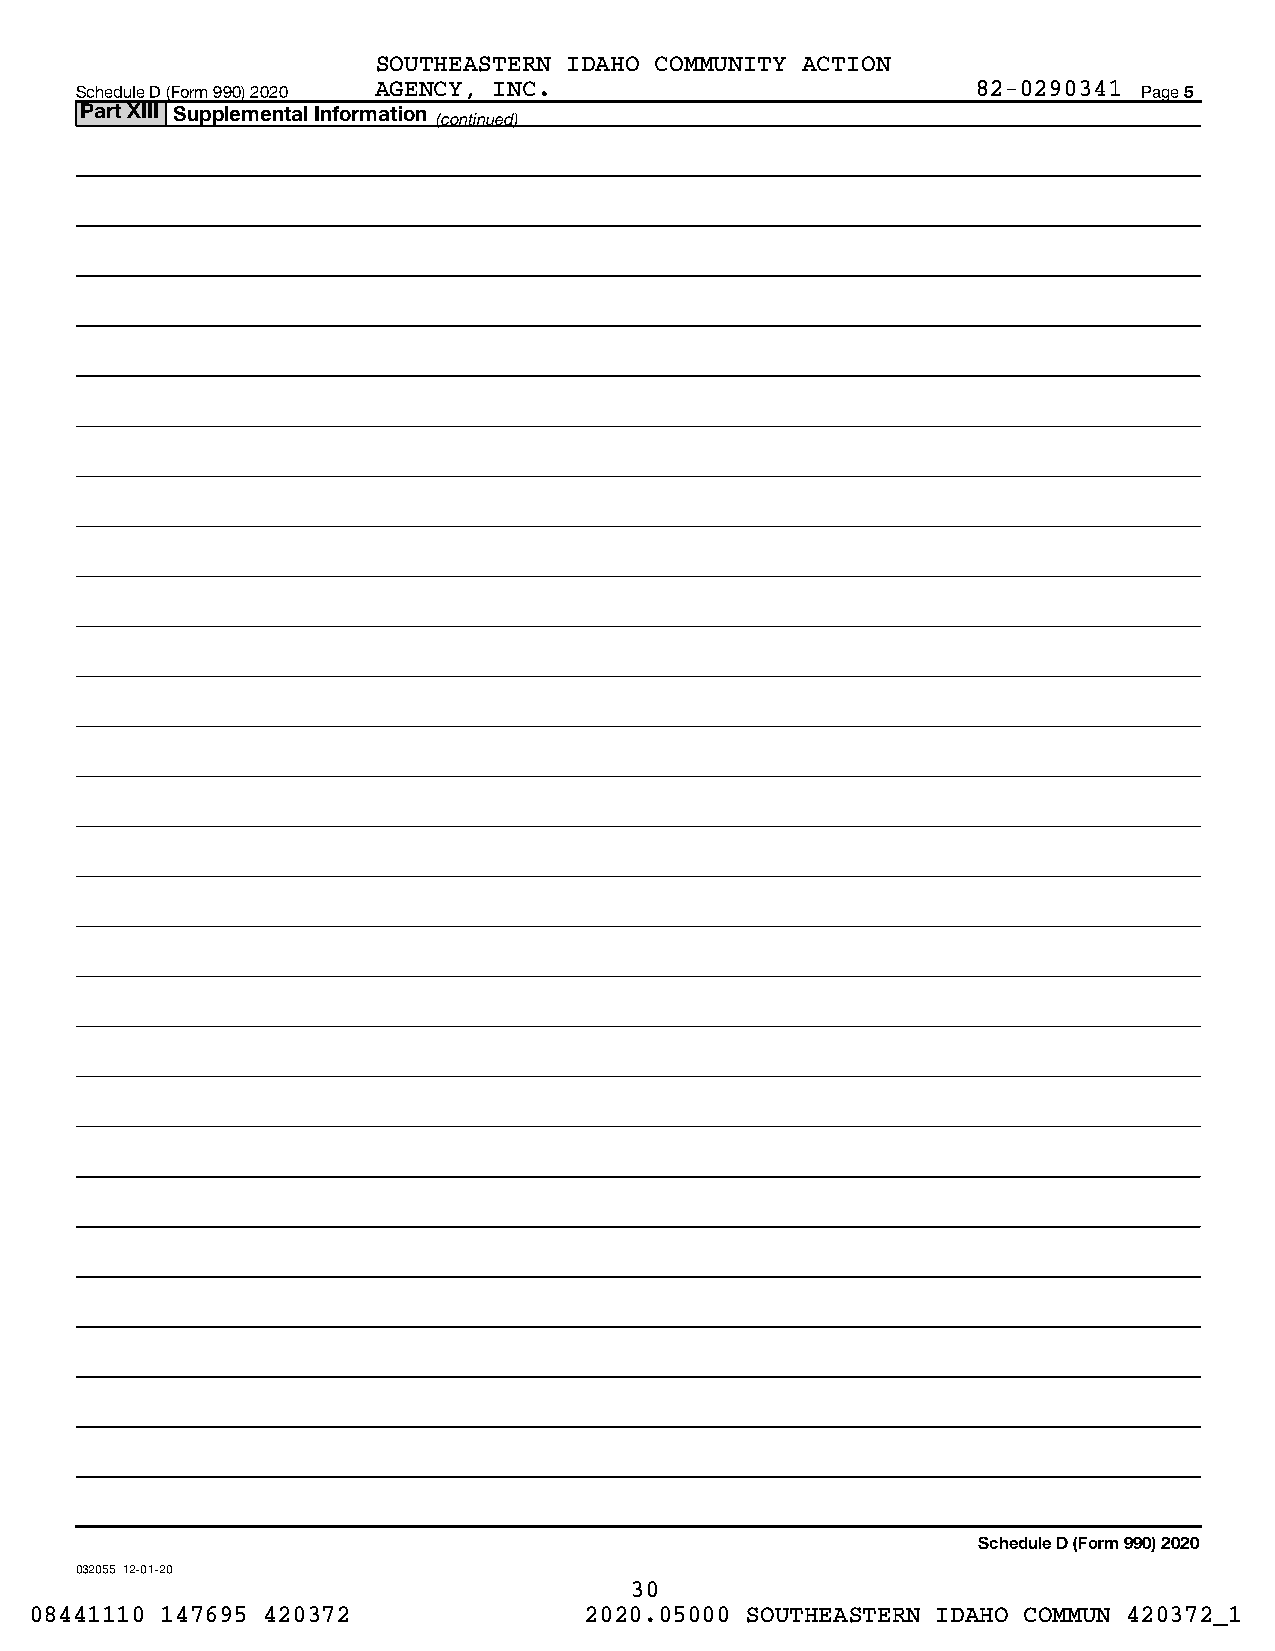
SOUTHEASTERN IDAHO COMMUNITY ACTION
 Schedule D (Form 990) 2020 AGENCY, INC.                     82-0290341 Page 5
 Part XIII Supplemental Information
 (continued)
 Schedule D (Form 990) 2020
 032055 12-01-20
 30
 08441110 147695 420372               2020.05000 SOUTHEASTERN IDAHO COMMUN 420372_1